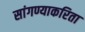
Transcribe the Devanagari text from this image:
सांगण्याकरिता